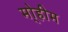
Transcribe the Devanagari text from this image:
मो्हीम